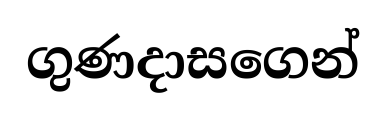
ගුණදාසගෙන්